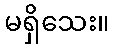
မရှိသေး။